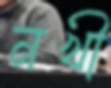
নখী